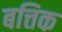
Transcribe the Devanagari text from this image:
बत्तिक